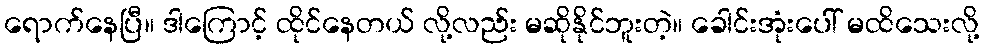
ရောက်နေပြီ။ ဒါကြောင့် ထိုင်နေတယ် လို့လည်း မဆိုနိုင်ဘူးတဲ့။ ခေါင်းအုံးပေါ် မထိသေးလို့